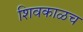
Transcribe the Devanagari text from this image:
शिवकाळच